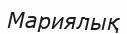
Мариялық